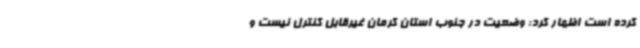
کرده است اظهار کرد: وضعیت در جنوب استان کرمان غیرقابل کنترل نیست و